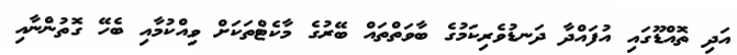
އަދި ތޮއްޑޫގައި އުފައްދާ ދަނޑުވެރިކަމުގެ ބާވަތްތައް ބޭރުގެ މާކެޓްތަކަށް ވިއްކުމާއި ބެހޭ ގޮތުންނާއި